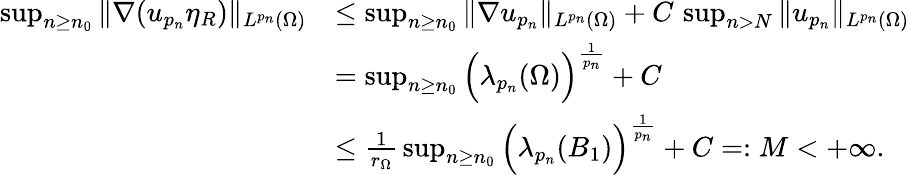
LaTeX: \begin{array}{rl}{\operatorname*{sup}_{n\ge n_{0}}\| \nabla(u_{p_{n}}\eta_{R})\| _{L^{p_{n}}(\Omega)}}&{\le\operatorname*{sup}_{n\ge n_{0}}\| \nabla u_{p_{n}}\| _{L^{p_{n}}(\Omega)}+C\, \operatorname*{sup}_{n>N}\| u_{p_{n}}\| _{L^{p_{n}}(\Omega)}}\\ &{=\operatorname*{sup}_{n\ge n_{0}}\Big(\lambda_{p_{n}}(\Omega)\Big)^{\frac{1}{p_{n}}}+C}\\ &{\le\frac{1}{r_{\Omega}}\, \operatorname*{sup}_{n\ge n_{0}}\Big(\lambda_{p_{n}}(B_{1})\Big)^{\frac 1{p_{n}}}+C=:M<+\infty.}\end{array}